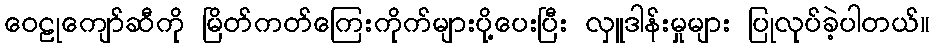
ဝေဠုကျော်ဆီကို မြိတ်ကတ်ကြေးကိုက်များပို့ပေးပြီး လှူဒါန်းမှုများ ပြုလုပ်ခဲ့ပါတယ်။